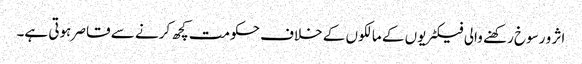
اثر و رسوخ رکھنے والی فیکٹریوں کے مالکوں کے خلاف حکومت کچھ کرنے سے قاصر ہوتی ہے۔